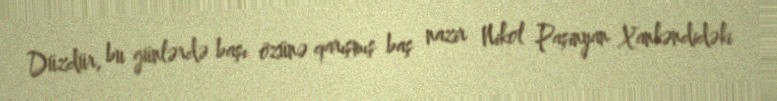
Düzdür, bu günlərdə başı özünə qarışmış baş nazir Nikol Paşinyan Xankəndidəki